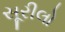
સૂરીલો